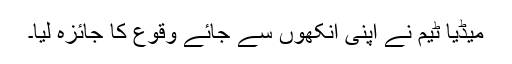
میڈیا ٹیم نے اپنی آنکھوں سے جائے وقوع کا جائزہ لیا۔